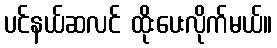
ပင်နယ်ဆလင် ထိုးပေးလိုက်မယ်။